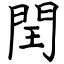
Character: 閏